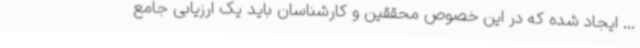
... ایجاد شده که در این خصوص محققین و کارشناسان باید یک ارزیابی جامع